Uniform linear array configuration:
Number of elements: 64
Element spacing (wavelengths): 0.25
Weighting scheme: blackman
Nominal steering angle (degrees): -45
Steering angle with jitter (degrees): -46.779
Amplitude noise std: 0.05
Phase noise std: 0.05

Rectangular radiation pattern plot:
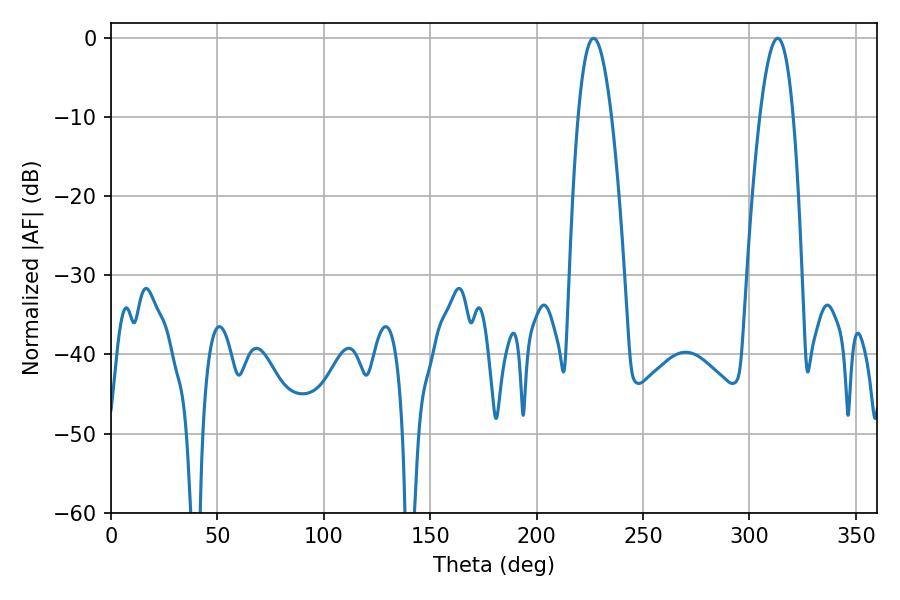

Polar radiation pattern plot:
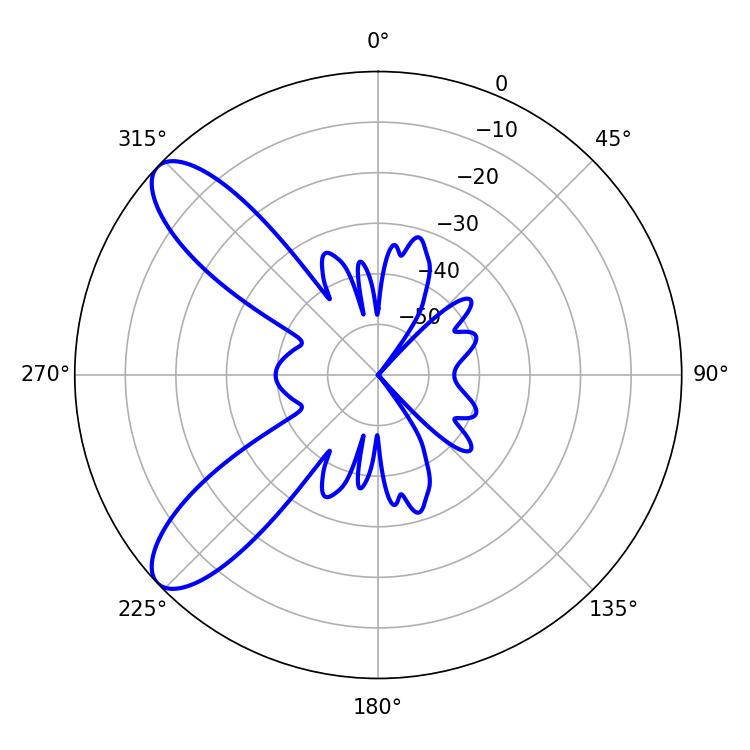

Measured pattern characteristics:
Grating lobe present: FALSE
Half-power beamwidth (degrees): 8.64
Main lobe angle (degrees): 226.8